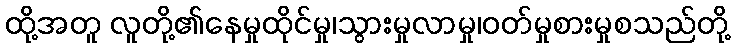
ထို့အတူ လူတို့၏နေမှုထိုင်မှု၊သွားမှုလာမှု၊ဝတ်မှုစားမှုစသည်တို့